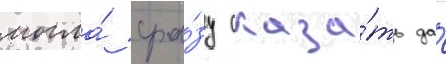
могла́ сра́зу сказа́ть да́